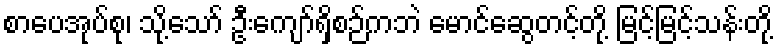
စာပေအုပ်စု၊ သို့သော် ဦးကျော်ရှိစဉ်ကဘဲ မောင်ဆွေတင့်တို့ မြင့်မြင့်သန်းတို့